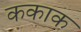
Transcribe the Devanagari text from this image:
ककाक